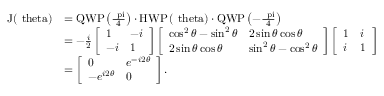
\begin{array} { r l } { \mathrm { J ( \ t h e t a ) } } & { = \mathrm { Q W P \left( \frac { \ p i } { 4 } \right) } \cdot \mathrm { H W P \left( \ t h e t a \right) } \cdot \mathrm { Q W P \left( - \frac { \ p i } { 4 } \right) } } \\ & { = - \frac { i } { 2 } \left[ \begin{array} { l l } { 1 } & { - i } \\ { - i } & { 1 } \end{array} \right] \left[ \begin{array} { l l } { \cos ^ { 2 } \theta - \sin ^ { 2 } \theta } & { 2 \sin \theta \cos \theta } \\ { 2 \sin \theta \cos \theta } & { \sin ^ { 2 } \theta - \cos ^ { 2 } \theta } \end{array} \right] \left[ \begin{array} { l l } { 1 } & { i } \\ { i } & { 1 } \end{array} \right] } \\ & { = \left[ \begin{array} { l l } { 0 } & { e ^ { - i 2 \theta } } \\ { - e ^ { i 2 \theta } } & { 0 } \end{array} \right] . } \end{array}